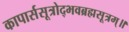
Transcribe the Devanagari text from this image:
कापार्ससूत्रोद्भवब्रह्मसूत्रम्॥